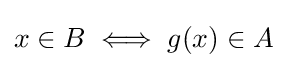
x\in B\iff g(x)\in A